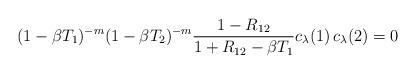
LaTeX: \begin{align*} (1-\beta T_1)^{-m} (1-\beta T_2)^{-m} \frac{1-R_{12}}{1+R_{12}-\beta T_1} c_{\lambda}(1) \, c_{\lambda}(2) = 0\end{align*}